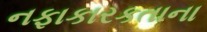
નફાકારકતાના